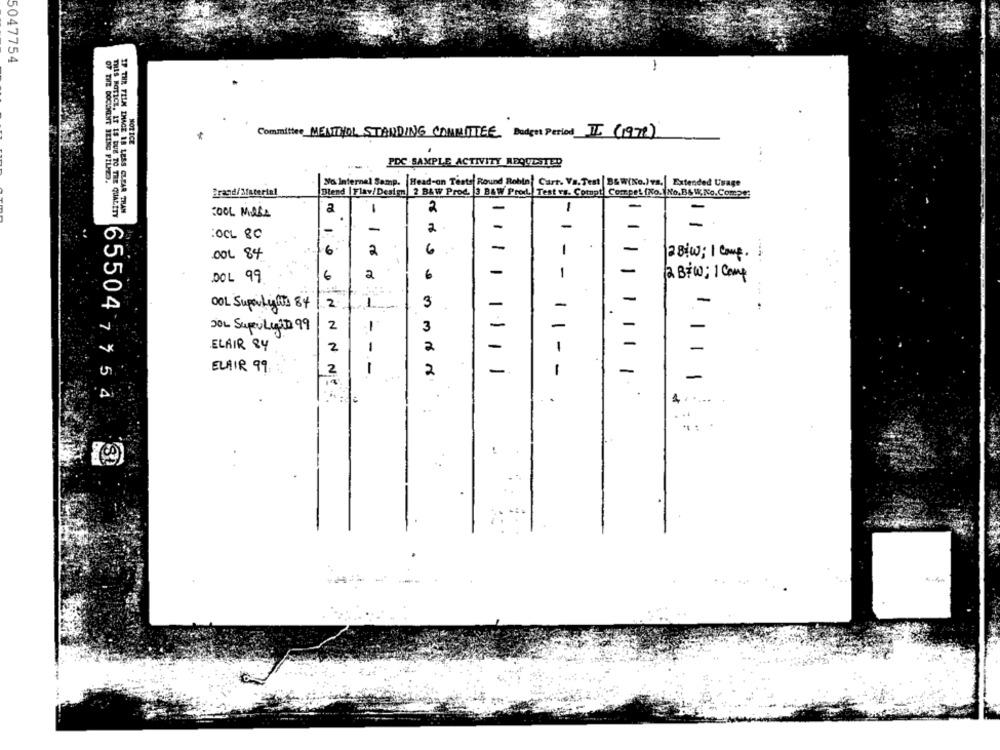
5047754
-
Committee MENTHOL STANDING COMMITTEE Budget Period III (1972)
NOTICE
PDC SAMPLE ACTIVITY REQUESTED
OF THE DOCUMENT IRING FILMED.
No Internal Samp. Head-on Tests Round Robin| Cart. Va.Test | B&W(No.)vs.| Extended Usage
Brand/Material
Blend | Flav/Design, 2 B&W Prod. 3 B&W Prod. Test vs. Comupt Compet (No. No.B& W, No.Compe:
IF THE FILM IMAGE IS LESS CLEAR THAN
-
2
-
-
THIS NOTICE, IT 15 DUE TO THE QUALITY
-
-
-
-
2
:OCL 80
1
-
OOL 84
6.
2
6
2 8:00; 1 comp .
-
-
.DOL 99
6
a
6
1
(& B&W; 1 Camp
-
OOL SuportyCs 84
2
--
3
-
-
1 .
-
301 SuperLigite 99
2
1
3
-
-
ELAIR 84
2
1
2
-
-
1
ELAIR 99
2
-
2
-.
1
-
-
4 ..
65504 7 5 4